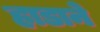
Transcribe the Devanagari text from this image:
हाडाने